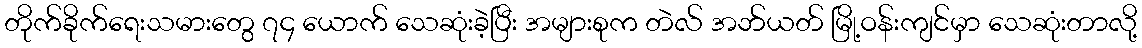
တိုက်ခိုက်ရေးသမားတွေ ၇၄ ယောက် သေဆုံးခဲ့ပြီး အများစုက တဲလ် အဘ်ယတ် မြို့ဝန်းကျင်မှာ သေဆုံးတာလို့